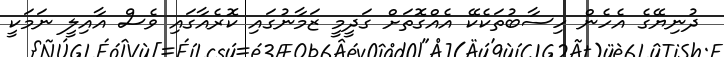
ދުނިޔޭގެ އެހެން ހިސާބުތަކެކޭ އެއްގޮތަށް ގަދީމީ ޒަމާނުގައި ކޮރެއާގައި ވެސް އާއިލީ ނަމަކީ